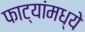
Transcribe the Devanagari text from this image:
फाट्यांमध्ये